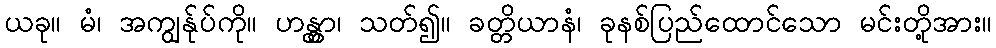
ယခု။ မံ၊ အကျွန်ုပ်ကို။ ဟန္တွာ၊ သတ်၍။ ခတ္တိယာနံ၊ ခုနစ်ပြည်ထောင်သော မင်းတို့အား။